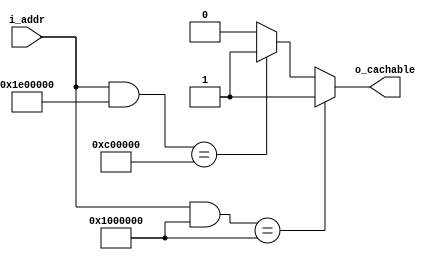
////////////////////////////////////////////////////////////////////////////////
//
//
// Project:	ZBasic, a generic toplevel implementation using the full ZipCPU
//
// DO NOT EDIT THIS FILE!
// Computer Generated: This file is computer generated by AUTOFPGA. DO NOT EDIT.
// DO NOT EDIT THIS FILE!
//
// CmdLine:	autofpga autofpga -d -o . clock.txt global.txt version.txt buserr.txt pic.txt pwrcount.txt gpio.txt rtclight.txt rtcdate.txt busconsole.txt bkram.txt flash.txt zipmaster.txt sdspi.txt mem_flash_bkram.txt mem_bkram_only.txt
//
// Creator:	Dan Gisselquist, Ph.D.
//		Gisselquist Technology, LLC
//
////////////////////////////////////////////////////////////////////////////////
//
// Copyright (C) 2017-2020, Gisselquist Technology, LLC
//
// This program is free software (firmware): you can redistribute it and/or
// modify it under the terms of  the GNU General Public License as published
// by the Free Software Foundation, either version 3 of the License, or (at
// your option) any later version.
//
// This program is distributed in the hope that it will be useful, but WITHOUT
// ANY WARRANTY; without even the implied warranty of MERCHANTIBILITY or
// FITNESS FOR A PARTICULAR PURPOSE.  See the GNU General Public License
// for more details.
//
// You should have received a copy of the GNU General Public License along
// with this program.  (It's in the $(ROOT)/doc directory.  Run make with no
// target there if the PDF file isn't present.)  If not, see
// <http://www.gnu.org/licenses/> for a copy.
//
// License:	GPL, v3, as defined and found on www.gnu.org,
//		http://www.gnu.org/licenses/gpl.html
//
//
////////////////////////////////////////////////////////////////////////////////
//
//
`default_nettype none
//
module iscachable(
		// {{{
		input	wire	[25-1:0]	i_addr,
		output	reg			o_cachable
		// }}}
	);

	always @(*)
	begin
		o_cachable = 1'b0;
		// Bus master: wb
		// Bus master: wb_sio
		// bkram
		if ((i_addr[24:0] & 25'h1e00000) == 25'h0c00000)
			o_cachable = 1'b1;
		// flash
		if ((i_addr[24:0] & 25'h1000000) == 25'h1000000)
			o_cachable = 1'b1;
	end

endmodule